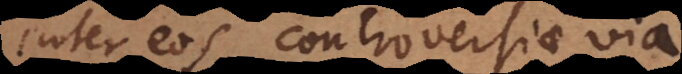
inter eos controversiae via,